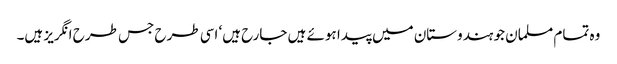
وہ تمام مسلمان جو ہندوستان میں پیدا ہوئے ہیں جارح ہیں‘ اسی طرح جس طرح انگریز ہیں۔